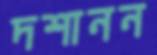
দশানন